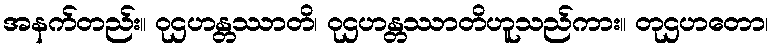
အနက်တည်း။ ဝုဌဟန္တဿာတိ၊ ဝုဌဟန္တဿာတိဟူသည်ကား။ တုဌဟတော၊